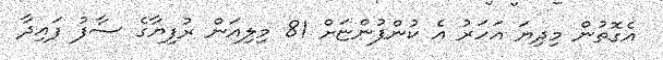
އެގޮތުން މިދިޔަ އަހަރު އެ ކުންފުންޏަށް 81 މިލިއަން ރުފިޔާގެ ސާފު ފައިދާ